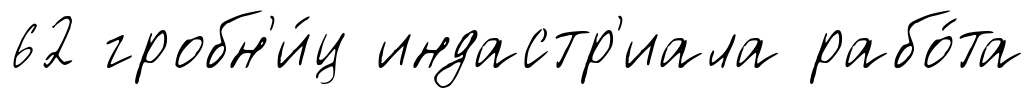
62 гробн'и́ц индастр'иала рабо́та